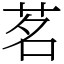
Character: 茗